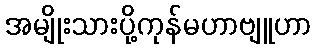
အမျိုးသားပို့ကုန်မဟာဗျူဟာ